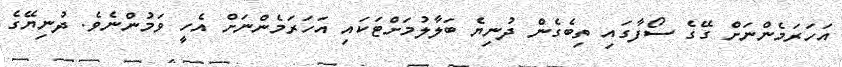
އަހަރަމެންނަށް ގޭގެ ސޯފާގައި ތިބެގެން ދުނިޔެ ބަލާލުމަށްޓަކައި އަހަރަމެންނަށް އެހީ ވަމުންނެވެ. ދުނިޔޭގެ